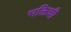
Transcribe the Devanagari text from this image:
भक्तिची